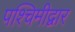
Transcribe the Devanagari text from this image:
पश्चिमीद्वार